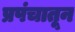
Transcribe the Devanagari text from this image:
प्रपंचातून